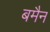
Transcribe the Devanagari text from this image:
बमैन